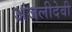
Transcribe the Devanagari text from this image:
अंजलीदेवी